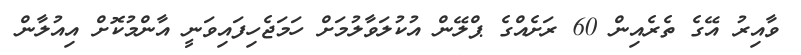
ވާއިރު އޭގެ ތެރެއިން 60 ރަށެއްގެ ޕްލޭން އުކުލަވާލުމަށް ހަމަޖެހިފައިވަނީ އާންމުކޮށް އިއުލާން